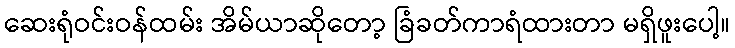
ဆေးရုံဝင်းဝန်ထမ်း အိမ်ယာဆိုတော့ ခြံခတ်ကာရံထားတာ မရှိဖူးပေါ့။